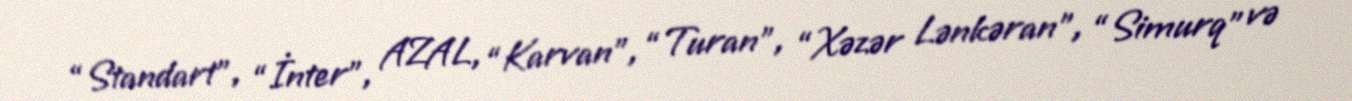
“Standart”, “İnter”, AZAL, “Karvan”, “Turan”, “Xəzər Lənkəran”, “Simurq” və